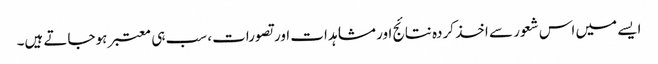
ایسے میں اس شعور سے اخذ کردہ نتائج اور مشاہدات اور تصورات، سب ہی معتبر ہوجاتے ہیں۔